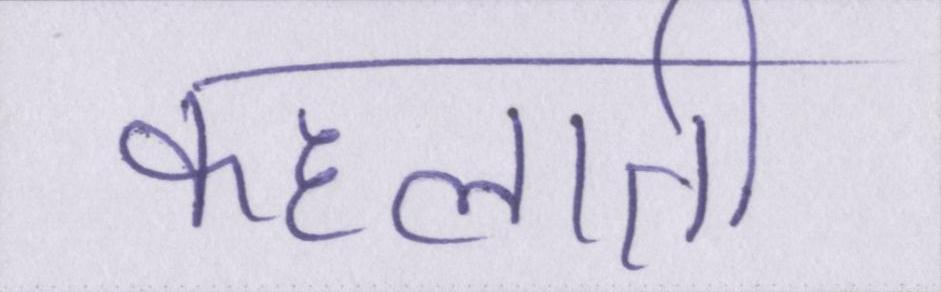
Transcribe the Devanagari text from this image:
कहलाती